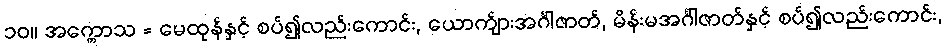
၁၀။ အက္ကောသ = မေထုန်နှင့် စပ်၍လည်းကောင်း, ယောက်ျားအင်္ဂါဇာတ်, မိန်းမအင်္ဂါဇာတ်နှင့် စပ်၍လည်းကောင်း,